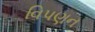
વિપણન